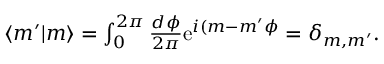
\begin{array} { r } { \langle m ^ { \prime } | m \rangle = \int _ { 0 } ^ { 2 \pi } \frac { d \phi } { 2 \pi } \mathrm { e } ^ { i ( m - m ^ { \prime } \phi } = \delta _ { m , m ^ { \prime } } . } \end{array}